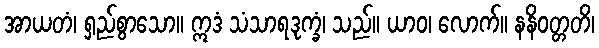
အာယတံ၊ ရှည်စွာသော။ ဣဒံ သံသာရဒုက္ခံ၊ သည်။ ယာဝ၊ လောက်။ နနိဝတ္တတိ၊